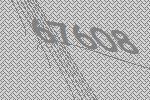
67608